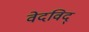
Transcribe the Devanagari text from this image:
वेदविद्